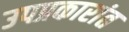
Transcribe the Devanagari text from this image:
उपप्रकारांत